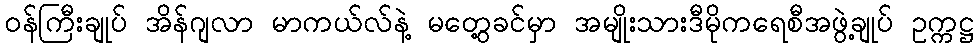
၀န်ကြီးချုပ် အိန်ဂျလာ မာကယ်လ်နဲ့ မတွေ့ခင်မှာ အမျိုးသားဒီမိုကရေစီအဖွဲ့ချုပ် ဥက္ကဋ္ဌ